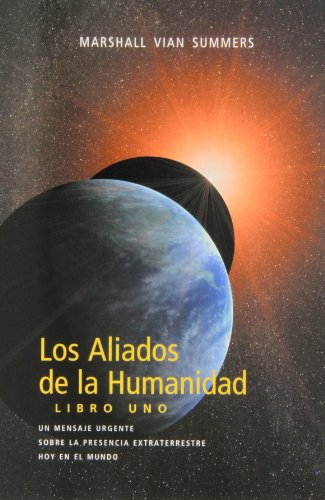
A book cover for Los Aliados de La Humanidad Libro Uno (Spanish Edition); Marshall Vian Summers; Science & Math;